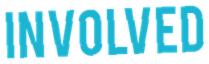
INVOLVED